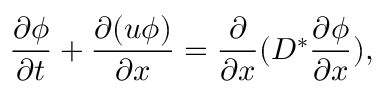
\frac { \partial \phi } { \partial t } + \frac { \partial ( u \phi ) } { \partial x } = \frac { \partial } { \partial x } ( D ^ { * } \frac { \partial \phi } { \partial x } ) ,